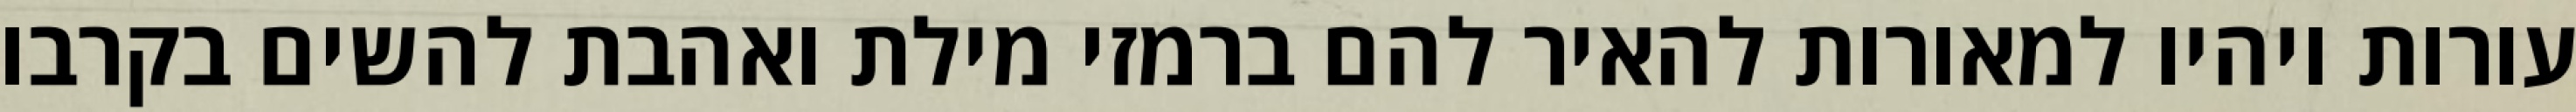
עורות ויהיו למאורות להאיר להם ברמזי מילת ואהבת להשים בקרבו